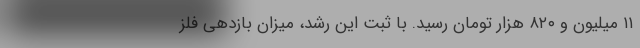
۱۱ میلیون و ۸۲۰ هزار تومان رسید. با ثبت این رشد، میزان بازدهی فلز